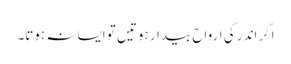
اگر اندر کی ارواح بیدار ہوتیں تو ایسا نہ ہوتا۔